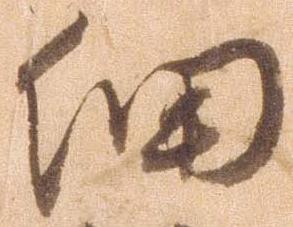
細